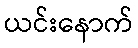
ယင်းနောက်